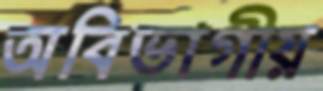
অবিভাগীয়